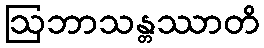
ဩဘာသန္တဿာတိ